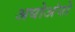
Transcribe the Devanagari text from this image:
अधोअंगो